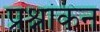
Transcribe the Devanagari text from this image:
प्रश्नांकन